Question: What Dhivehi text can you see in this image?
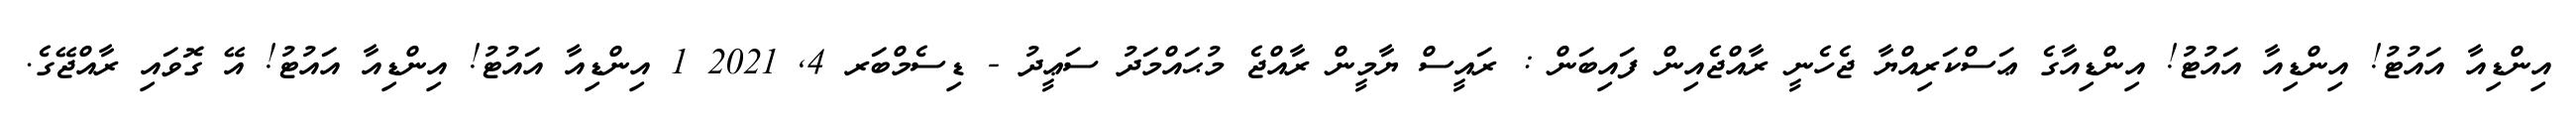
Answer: އިންޑިއާ އައުޓު! އިންޑިއާ އައުޓު! އިންޑިއާގެ ޢަސްކަރިއްޔާ ޖެހެނީ ރާއްޖެއިން ފައިބަން : ރައީސް ޔާމީން ރާއްޖެ މުޙައްމަދު ސަޢީދު - ޑިސެމްބަރ 4, 2021 1 އިންޑިއާ އައުޓު! އިންޑިއާ އައުޓު! އޭ ގޮވައި ރާއްޖޭގެ.